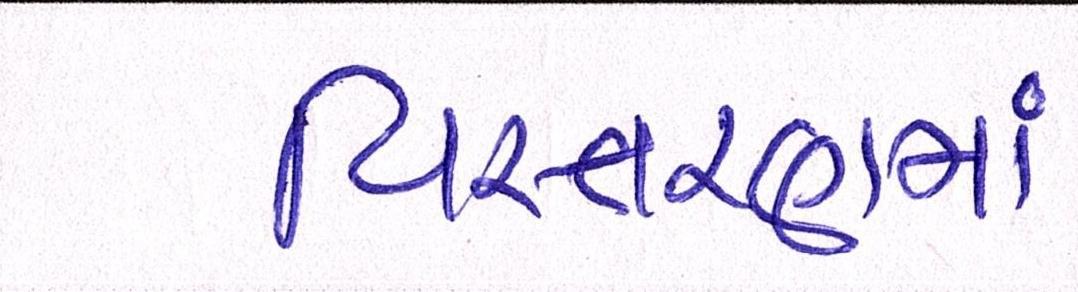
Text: વિસ્તરણમાં